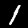
Digit: 1